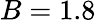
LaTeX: B=1.8